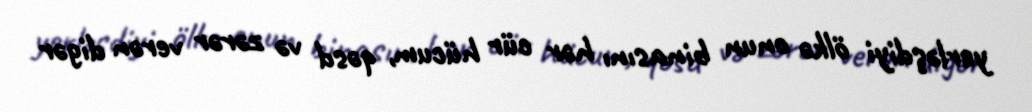
yerləşdiyi ölkə onun binasını hər cür hücum, qəsd və zərər verən digər